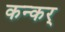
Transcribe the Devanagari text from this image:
कन्कर्